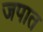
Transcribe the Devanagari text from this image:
जपात